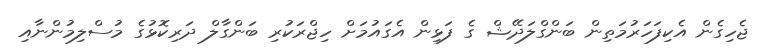
ޖެހިގެން އެކިފަހަރުމަތިން ބަންގްލަދޭޝް ގެ ފަޅިން އެގައުމަށް ހިޖްރަކުރި ބަންގާލް ދަރިކޮޅުގެ މުސްލިމުންނާއި